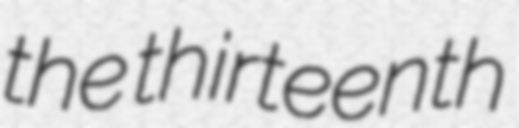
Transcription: the thirteenth